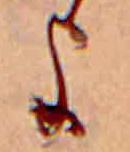
よ